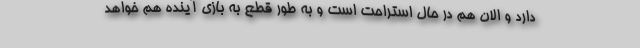
دارد و الان هم در حال استراحت است و به طور قطع به بازی آینده هم خواهد